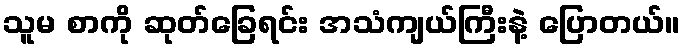
သူမ စာကို ဆုတ်ခြေရင်း အသံကျယ်ကြီးနဲ့ ပြောတယ်။